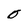
Character: 0